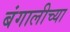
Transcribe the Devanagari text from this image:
बंगालीच्या